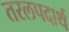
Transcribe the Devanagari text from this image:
तरलपदार्थ